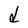
Character: d